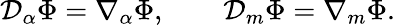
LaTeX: {\cal D}_{\alpha}\Phi=\nabla_{\alpha}\Phi,\qquad{\cal D}_{m}\Phi=\nabla_{m}\Phi.